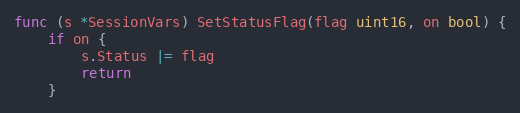
Language: Go
func (s *SessionVars) SetStatusFlag(flag uint16, on bool) {
	if on {
		s.Status |= flag
		return
	}